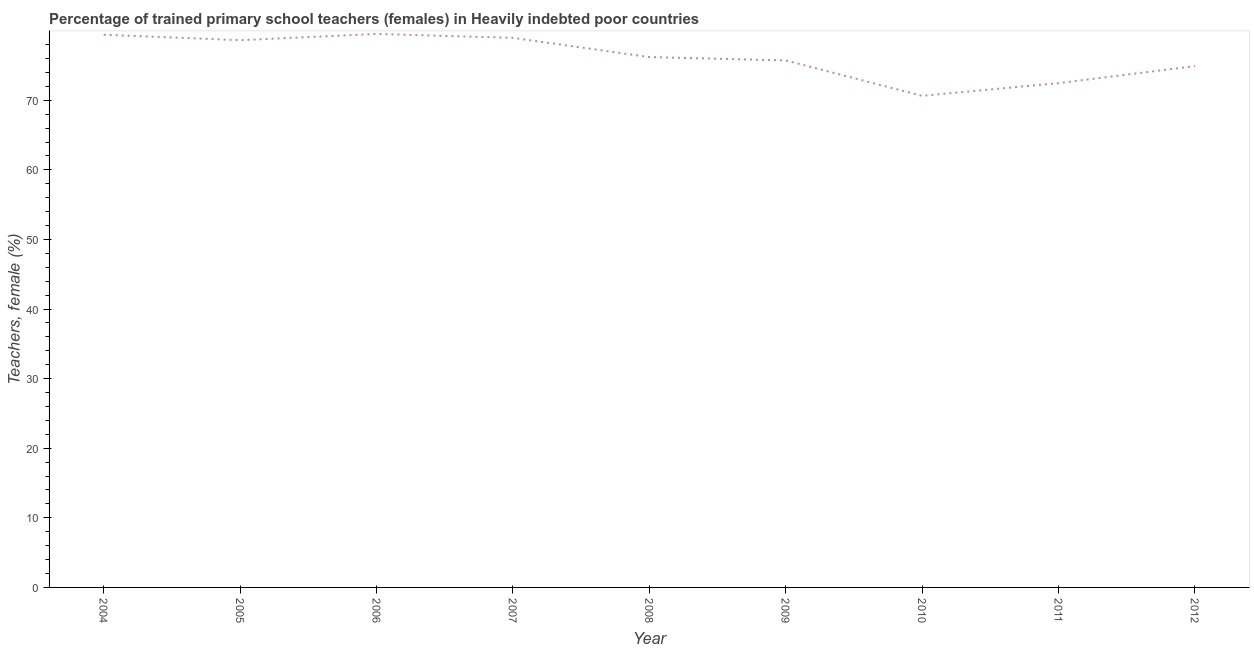
| Year | Trained teachers female |
 | --- | --- |
 | 2004 | 79.4 |
 | 2005 | 78.6 |
 | 2006 | 79.5 |
 | 2007 | 79 |
 | 2008 | 76.2 |
 | 2009 | 75.7 |
 | 2010 | 70.6 |
 | 2011 | 72.5 |
 | 2012 | 74.9 |